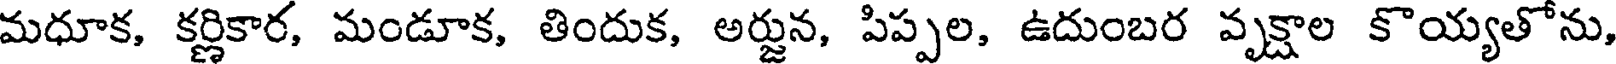
మధూక, కర్ణికార, మండూక, తిందుక, అర్జున, పిప్పల, ఉదుంబర వృక్షాల కొయ్యతోను,